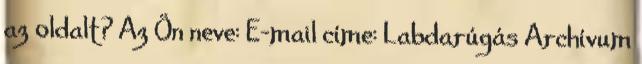
az oldalt? Az Ön neve: E-mail címe: Labdarúgás Archívum